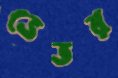
ভেতর